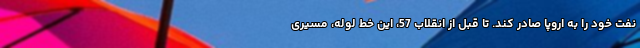
نفت خود را به اروپا صادر کند. تا قبل از انقلاب 57، این خط لوله، مسیری